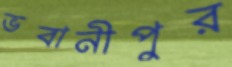
ভবানীপুর